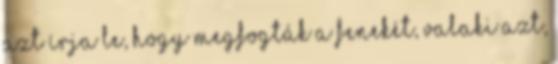
azt írja le, hogy megfogták a fenekét, valaki azt,